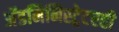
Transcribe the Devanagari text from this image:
अॅडमिनिस्ट्रेटरही